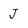
Character: j